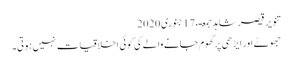
تنویر قیصر شاہد جمعـء 17 جنوری 2020
جھوٹے اور ایڑھی پر گھوم جانے والے کی کوئی اخلاقیات نہیں ہوتی۔